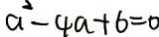
a ^ { 2 } - 4 a + 6 = 0